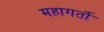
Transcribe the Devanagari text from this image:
महागर्तो